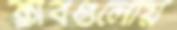
ক্লাবগুলোয়